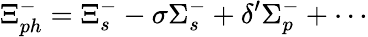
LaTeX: \Xi_{ph}^{-}=\Xi_{s}^{-}-\sigma\Sigma_{s}^{-}+\delta^{\prime}\Sigma_{p}^{-}+\cdots